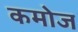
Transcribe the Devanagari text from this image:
कमोज